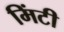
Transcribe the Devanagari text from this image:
मिंटी